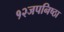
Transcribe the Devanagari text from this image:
१२जपनिष्ठा